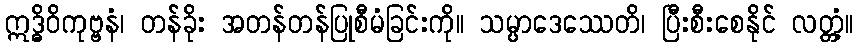
ဣဒ္ဓိဝိကုဗ္ဗနံ၊ တန်ခိုး အတန်တန်ပြုစီမံခြင်းကို။ သမ္ပာဒေဿေတိ၊ ပြီးစီးစေနိုင် လတ္တံ့။